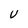
Character: U